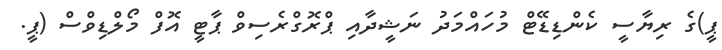
ޕީ)ގެ ރިޔާސީ ކެންޑިޑޭޓް މުހައްމަދު ނަޝީދާއި ޕްރޮގްރެސިވް ޕާޓީ އޮފް މޯލްޑިވްސް (ޕީ.